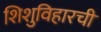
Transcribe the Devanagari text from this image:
शिशुविहारची